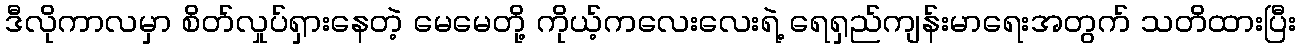
ဒီလိုကာလမှာ စိတ်လှုပ်ရှားနေတဲ့ မေမေတို့ ကိုယ့်ကလေးလေးရဲ့ ရေရှည်ကျန်းမာရေးအတွက် သတိထားပြီး